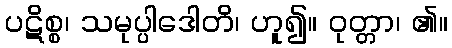
ပဋိစ္စ၊ သမုပ္ပါဒေါတိ၊ ဟူ၍။ ဝုတ္တာ၊ ၏။